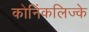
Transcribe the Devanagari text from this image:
कोनिंकलिज्के